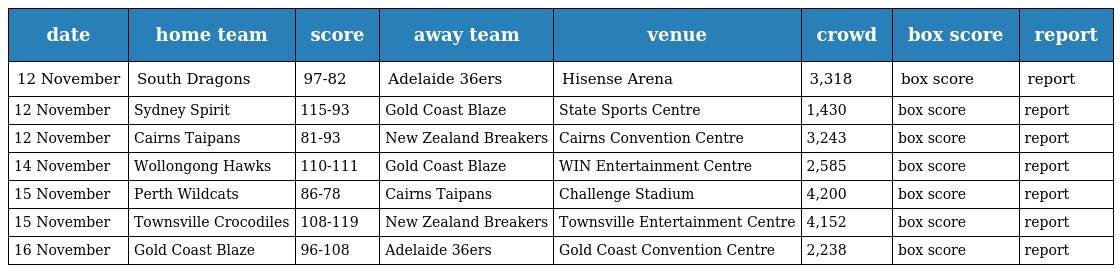
| date | home team | score | away team | venue | crowd | box score | report |
 | --- | --- | --- | --- | --- | --- | --- | --- |
 | 12 November | South Dragons | 97-82 | Adelaide 36ers | Hisense Arena | 3,318 | box score | report |
 | 12 November | Sydney Spirit | 115-93 | Gold Coast Blaze | State Sports Centre | 1,430 | box score | report |
 | 12 November | Cairns Taipans | 81-93 | New Zealand Breakers | Cairns Convention Centre | 3,243 | box score | report |
 | 14 November | Wollongong Hawks | 110-111 | Gold Coast Blaze | WIN Entertainment Centre | 2,585 | box score | report |
 | 15 November | Perth Wildcats | 86-78 | Cairns Taipans | Challenge Stadium | 4,200 | box score | report |
 | 15 November | Townsville Crocodiles | 108-119 | New Zealand Breakers | Townsville Entertainment Centre | 4,152 | box score | report |
 | 16 November | Gold Coast Blaze | 96-108 | Adelaide 36ers | Gold Coast Convention Centre | 2,238 | box score | report |